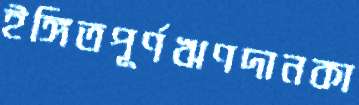
ইঙ্গিতপূর্ণঋণদানকা